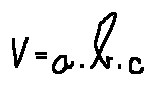
V = a \cdot b \cdot c